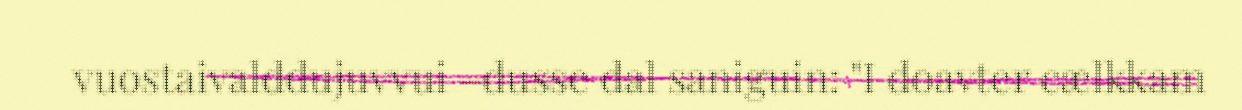
vuostaivalddujuvvui –dusse dal saniguin: "I doavter cælkkam